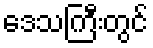
ဒေသကြီးတွင်